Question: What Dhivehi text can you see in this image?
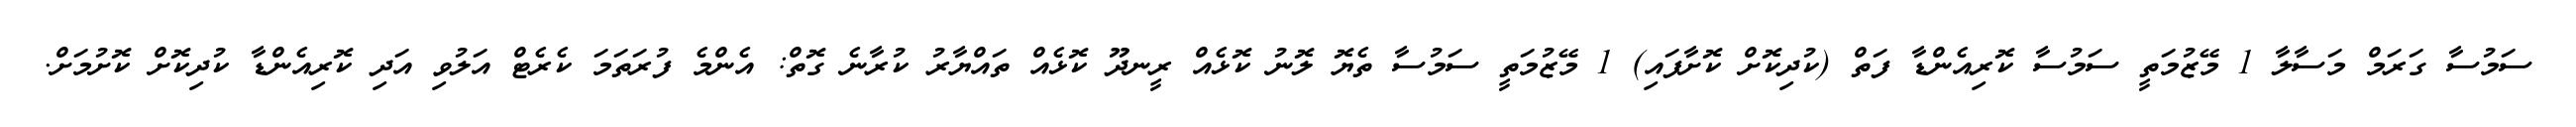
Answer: ސަމުސާ ގަރަމް މަސާލާ 1 މޭޒުމަތީ ސަމުސާ ކޮރިއެންޑާ ފަތް (ކުދިކޮށް ކޮށާފައި) 1 މޭޒުމަތީ ސަމުސާ ތެޔޮ ލޮނު ކޮޅެއް ރީނދޫ ކޮޅެއް ތައްޔާރު ކުރާނެ ގޮތް: އެންމެ ފުރަތަމަ ކެރެޓް އަލުވި އަދި ކޮރިއެންޑާ ކުދިކޮށް ކޮށުމަށް.